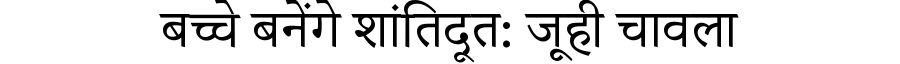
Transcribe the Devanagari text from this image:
बच्चे बनेंगे शांतिदूत: जूही चावला